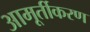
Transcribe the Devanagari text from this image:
आमूर्तीकरण